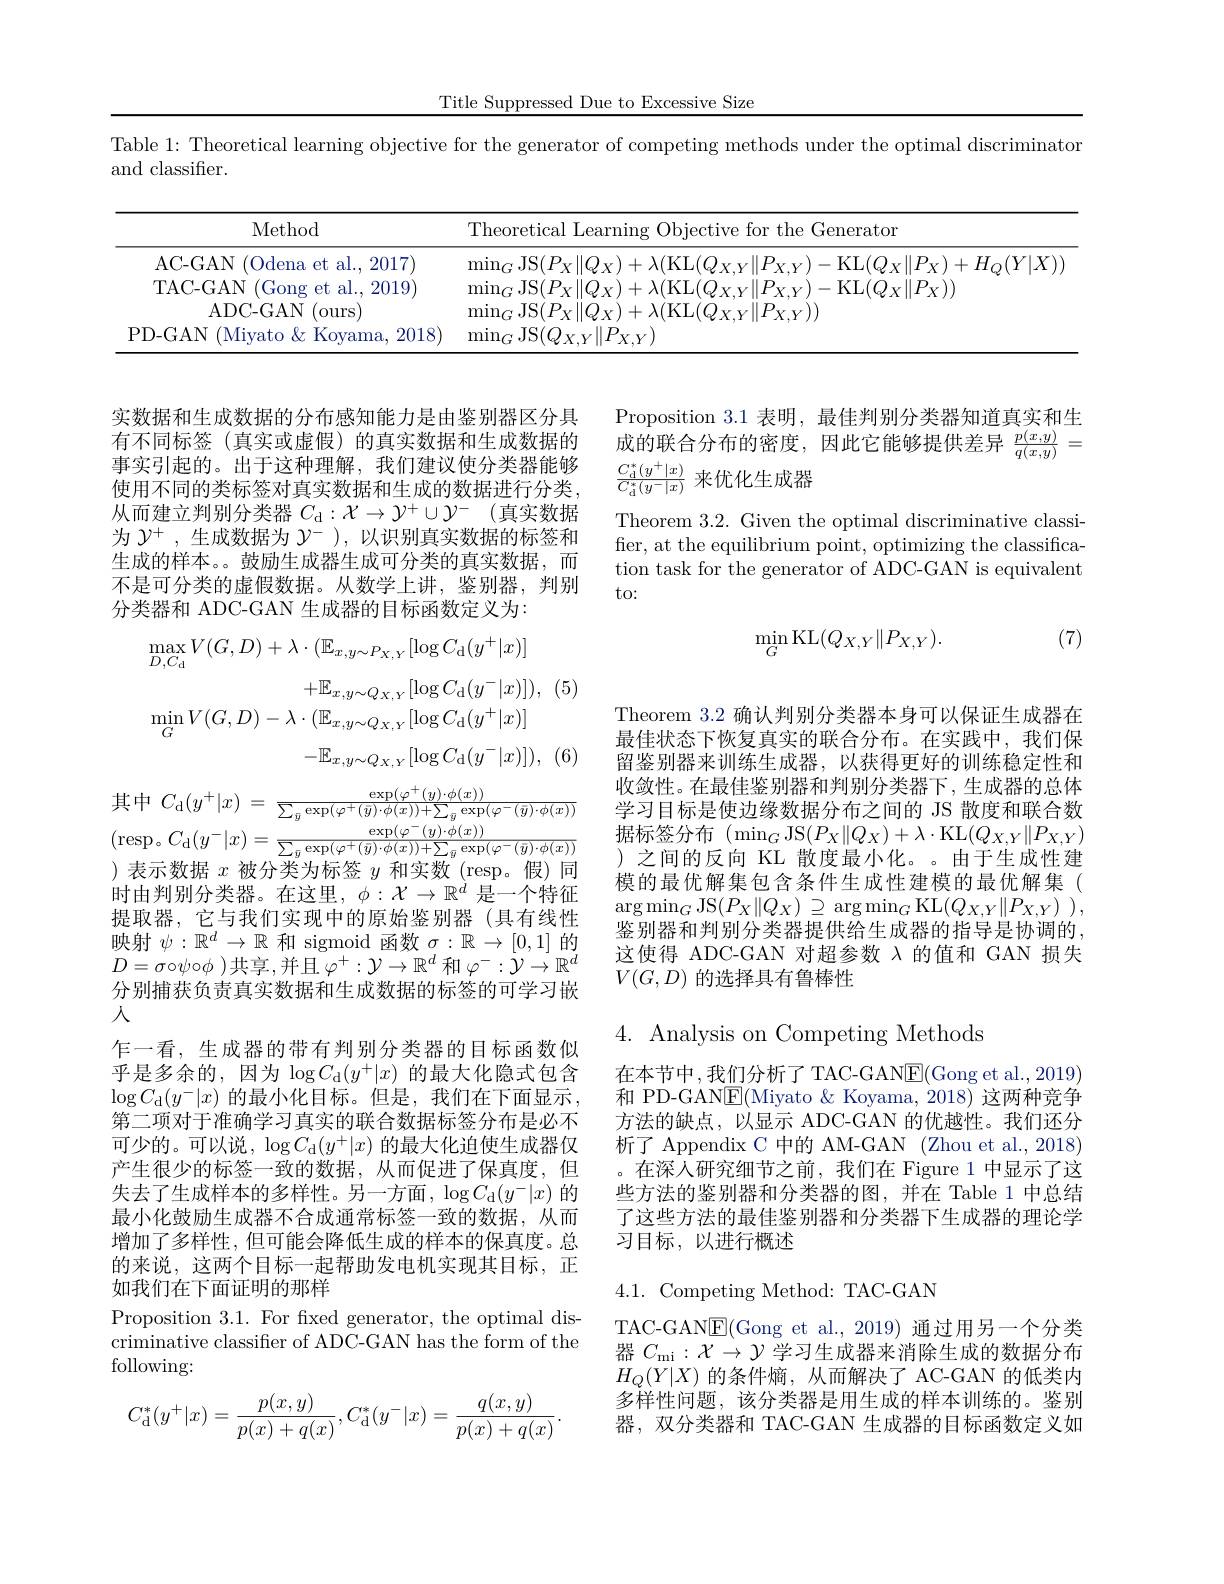
Title Suppressed Due to Excessive Size

Table 1: Theoretical learning objective for the generator of competing methods under the optimal discriminator

and classifier.

<table>
	<tbody>
		<tr>
			<th>Method</th>
			<th>Theoretical Learning Objective for the Generator</th>
		</tr>
		<tr>
			<td>AC- GAN ( Odena et al. , 2017) </td>
			<td>$\mathrm{min}_{C}$JS(</td>
		</tr>
		<tr>
			<td>PD-GAN (Miyato&Koyama, 2018</td>
			<td>$\operatorname*{min}_{G}$JS$(Q_{X,Y}\|P_{X,Y})$</td>
		</tr>
	</tbody>
</table>

Proposition 3.1 表明，最佳判别分类器知道真实和生成的联合分布的密度，因此它能够提供差异$\frac{p(x,y)}{q(x,y)}=$

Theorem 3.2. Given the optimal discriminative classifier, at the equilibrium point, optimizing the classification task for the generator of ADC-GAN is equivalent to:

(7)
$$\min_G\mathrm{KL}(Q_{X,Y}\|P_{X,Y}).$$
实数据和生成数据的分布感知能力是由鉴别器区分具有不同标签(真实或虚假)的真实数据和生成数据的事实引起的。出于这种理解，我们建议使分类器能够 $\frac {C_{\mathrm{d} }^* ( y^+ | x) }{C_{\mathrm{d} }^* ( y^- | x) }$来优化生成器 使用不同的类标签对真实数据和生成的数据进行分类，$\frac {C_{\mathrm{d} }^* ( y^+ | x) }{C_{\mathrm{d} }^* ( y^- | x) }$ 来优化生成器
从而建立判别分类器 $C_\mathrm{d} : \mathcal{X} \to \mathcal{Y} ^+ \cup \mathcal{Y} ^-$ (真实数据为$\mathcal{Y}^+$ ,生成数据为$\mathcal{Y}^-$ ), 以识别真实数据的标签和生成的样本。。鼓励生成器生成可分类的真实数据，而不是可分类的虚假数据。从数学上讲，鉴别器，判别分类器和 ADC-GAN 生成器的目标函数定义为：
$$\begin{aligned}&\max_{D,C_{\mathrm{d}}}V(G,D)+\lambda\cdot(\mathbb{E}_{x,y\sim P_{X,Y}}[\log C_{\mathrm{d}}(y^{+}|x)]\\&+\mathbb{E}_{x,y\sim Q_{X,Y}}[\log C_{\mathrm{d}}(y^{-}|x)]),\\&\min_{G}V(G,D)-\lambda\cdot(\mathbb{E}_{x,y\sim Q_{X,Y}}[\log C_{\mathrm{d}}(y^{+}|x)]\\&-\mathbb{E}_{x,y\sim Q_{X,Y}}[\log C_{\mathrm{d}}(y^{-}|x)]),\end{aligned}$$
其中$C_{\mathrm{d} }( y^{+ }| x)$ = $\frac {\exp ( \varphi ^{+ }( y) \cdot \phi ( x) ) }{\sum _{\bar{y} }\exp ( \varphi ^{+ }( \bar{y} ) \cdot \phi ( x) ) + \sum _{\bar{y} }\exp ( \varphi ^{- }( \bar{y} ) \cdot \phi ( x) ) }$ (resp。$C_{\mathrm{d}}(y^{-}|x)=\frac\exp(\varphi^{-}(y)\cdot\phi(x)){\sum_{\bar{y}}\exp(\varphi^{+}(\bar{y})\cdot\phi(x))+\sum_{\bar{y}}\exp(\varphi^{-}(\bar{y})\cdot\phi(x))}$ )表示数据$x$被分类为标签$y$和实数(resp。假)同时由判别分类器。在这里，$\phi:\mathcal{X}\to\mathbb{R}^d$是一个特征提取器，它与我们实现中的原始鉴别器(具有线性映射$\psi:\mathbb{R}^d\to\mathbb{R}$和 sigmoid 函数$\sigma:\mathbb{R}\to[0,1]$的$D= \sigma \circ \psi \circ \phi$ )共享，并且$\varphi^+:\mathcal{Y}\to\mathbb{R}^d$ 和 $\varphi^-:\mathcal{Y}\to\mathbb{R}^d$ 分别捕获负责真实数据和生成数据的标签的可学习嵌入
乍一看，生成器的带有判别分类器的目标函数似乎是多余的，因为$\log C_{\mathrm{d}}(y^+|x)$的最大化隐式包含$\log C_{\mathrm{d}}(y^-|x)$ 的最小化目标。但是，我们在下面显示， 第二项对于准确学习真实的联合数据标签分布是必不可少的。可以说，$\log C_{\mathrm{d}}(y^+|x)$的最大化迫使生成器仅产生很少的标签一致的数据，从而促进了保真度，但失去了生成样本的多样性。另一方面，$\log C_{\mathrm{d}}(y^{-}|x)$的最小化鼓励生成器不合成通常标签一致的数据，从而增加了多样性，但可能会降低生成的样本的保真度。总的来说，这两个目标一起帮助发电机实现其目标，正如我们在下面证明的那样
Proposition 3.1. For fxed generator, the optimal discriminative classifier of ADC-GAN has the form of the following:
$$C_{\mathrm{d}}^*(y^+|x)=\frac{p(x,y)}{p(x)+q(x)},C_{\mathrm{d}}^*(y^-|x)=\frac{q(x,y)}{p(x)+q(x)}.$$
Theorem 3.2 确认判别分类器本身可以保证生成器在最佳状态下恢复真实的联合分布。在实践中，我们保留鉴别器来训练生成器，以获得更好的训练稳定性和收敛性。在最佳鉴别器和判别分类器下，生成器的总体学习目标是使边缘数据分布之间的 JS 散度和联合数据标签分布(min$_G$JS$(P_X\|Q_X)+\lambda\cdot$KL$(Q_X,Y\|P_{X,Y})$ )之间的反向 KL 散度最小化。。由于生成性建模的最优解集包含条件生成性建模的最优解集( $\arg\min_{G}$JS$(P_X\|Q_X)\supseteq$arg$\min_G$KL$( Q_X, Y\| P_{X, Y})$ ), 鉴别器和判别分类器提供给生成器的指导是协调的这使得 ADC-GAN 对超参数 λ的值和 GAN 损失$V(G,D)$的选择具有鲁棒性

## $4.{\mathrm{~Analysis~on~Competing~Methods}}$

在本节中，我们分析了TAC-GAN$\underline{\mathrm{E}}($Gong et al.,2019) 和 PD-GAN$\underline{\mathrm{E}}($Miyato &Koyama, 2018) 这两种竞争方法的缺点，以显示 ADC-GAN 的优越性。我们还分析了 Appendix C 中的 AM-GAN (Zhou et al., 2018) 。在深人研究细节之前，我们在 Figure 1 中显示了这些方法的鉴别器和分类器的图，并在 Table 1 中总结了这些方法的最佳鉴别器和分类器下生成器的理论学习目标，以进行概述

4.1. Competing Method: TAC-GAN

TAC-GAN$\underline{\mathrm{E}}($Gong et al.,2019)通过用另一个分类器$C_\mathrm{mi}: \mathcal{X} \to \mathcal{Y}$学习生成器来消除生成的数据分布$H_Q(Y|X)$的条件熵，从而解决了 AC-GAN 的低类内多样性问题，该分类器是用生成的样本训练的。鉴别器，双分类器和 TAC-GAN 生成器的目标函数定义如